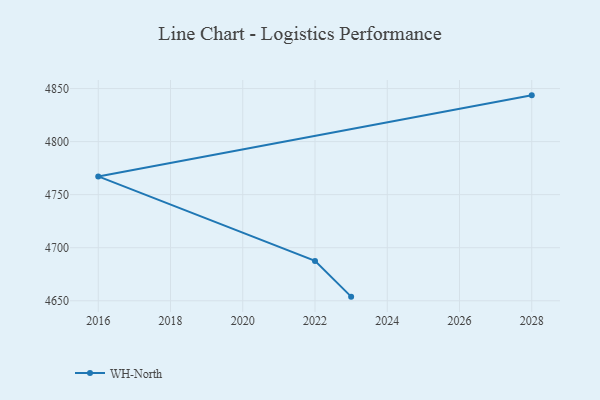
{"axis": {"x": "Year", "y": "Operating Costs (USD K)"}, "legend": ["WH-North"], "data": [{"x": "2028", "y": 4843.6, "type": "WH-North"}, {"x": "2016", "y": 4767.2, "type": "WH-North"}, {"x": "2022", "y": 4687.6, "type": "WH-North"}, {"x": "2023", "y": 4653.9, "type": "WH-North"}]}